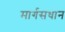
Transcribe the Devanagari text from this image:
मार्गसधान